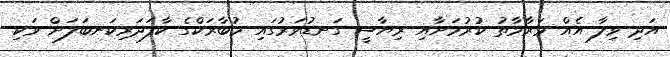
އަދި ވިލާ އެއް މަރާމާތު ކުރުމަށާއި ރިޔާސީ ގަނޑުވަރުގައި މުބާރަކްގެ ކާފަދަރިކަނބަލަށް ވަކި